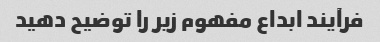
فرآیند ابداع مفهوم زیر را توضیح دهید